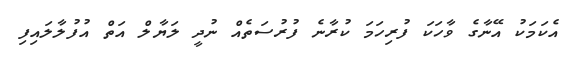
އެކަމަކު އޭނާގެ ވާހަކަ ފުރިހަމަ ކުރާނެ ފުރުސަތެއް ނުދީ ލަޔާލް އަތް އުފުލާލައިފި